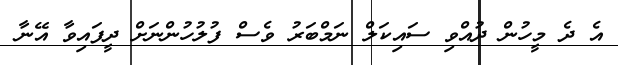
އެ ދެ މީހުން ދުއްވި ސައިކަލް ނަމްބަރު ވެސް ފުލުހުންނަށް ދީފައިވާ އޭނާ